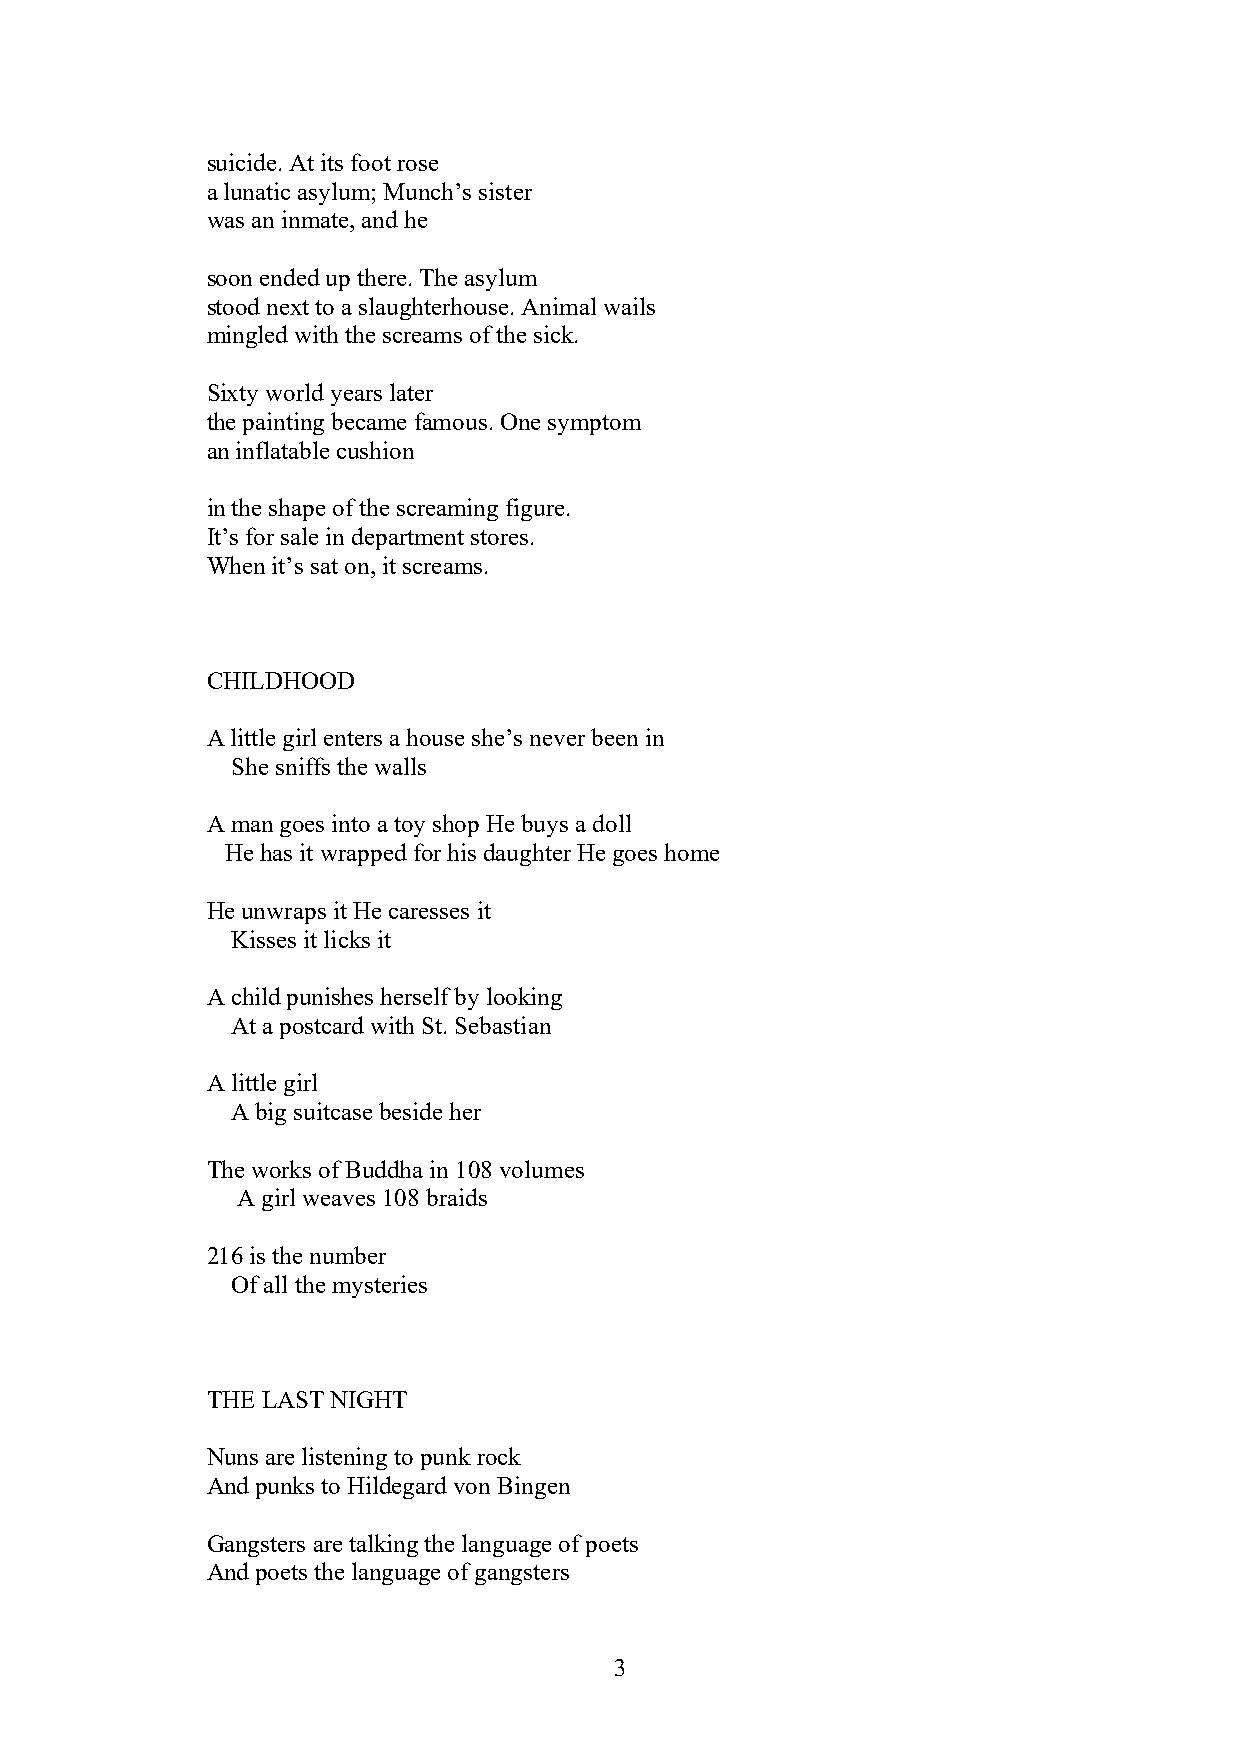
suicide. At its foot rose
 a lunatic asylum; Munch’s sister
 was an inmate, and he
 soon ended up there. The asylum
 stood next to a slaughterhouse. Animal wails
 mingled with the screams of the sick.
 Sixty world years later
 the painting became famous. One symptom
 an inflatable cushion
 in the shape of the screaming figure.
 It’s for sale in department stores.
 When it’s sat on, it screams.
 CHILDHOOD
 A little girl enters a house she’s never been in
 She sniffs the walls
 A man goes into a toy shop He buys a doll
 He has it wrapped for his daughter He goes home
 He unwraps it He caresses it
 Kisses it licks it
 A child punishes herself by looking
 At a postcard with St. Sebastian
 A little girl
 A big suitcase beside her
 The works of Buddha in 108 volumes
 A girl weaves 108 braids
 216 is the number
 Of all the mysteries
 THE LAST NIGHT
 Nuns are listening to punk rock
 And punks to Hildegard von Bingen
 Gangsters are talking the language of poets
 And poets the language of gangsters
 3